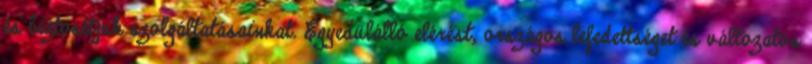
és biztosítjuk szolgáltatásainkat. Egyedülálló elérést, országos lefedettséget és változatos